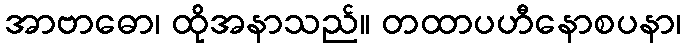
အာဗာဓော၊ ထိုအနာသည်။ တထာပဟီနောစပနာ၊